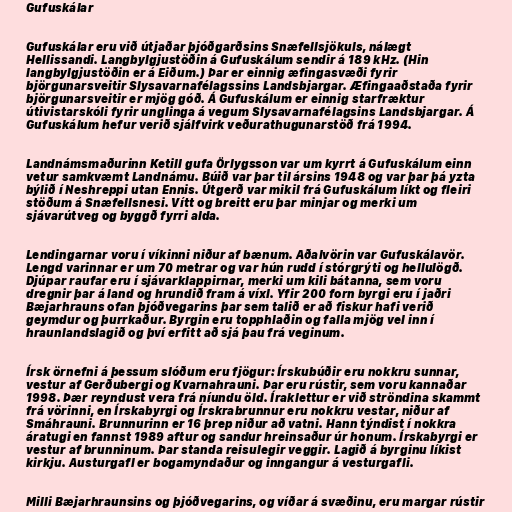
Gufuskálar

Gufuskálar eru við útjaðar þjóðgarðsins Snæfellsjökuls, nálægt
Hellissandi. Langbylgjustöðin á Gufuskálum sendir á 189 kHz. (Hin
langbylgjustöðin er á Eiðum.) Þar er einnig æfingasvæði fyrir
björgunarsveitir Slysavarnafélagssins Landsbjargar. Æfingaaðstaða fyrir
björgunarsveitir er mjög góð. Á Gufuskálum er einnig starfræktur
útivistarskóli fyrir unglinga á vegum Slysavarnafélagsins Landsbjargar. Á
Gufuskálum hefur verið sjálfvirk veðurathugunarstöð frá 1994.

Landnámsmaðurinn Ketill gufa Örlygsson var um kyrrt á Gufuskálum einn
vetur samkvæmt Landnámu. Búið var þar til ársins 1948 og var þar þá yzta
býlið í Neshreppi utan Ennis. Útgerð var mikil frá Gufuskálum líkt og fleiri
stöðum á Snæfellsnesi. Vítt og breitt eru þar minjar og merki um
sjávarútveg og byggð fyrri alda.

Lendingarnar voru í víkinni niður af bænum. Aðalvörin var Gufuskálavör.
Lengd varinnar er um 70 metrar og var hún rudd í stórgrýti og hellulögð.
Djúpar raufar eru í sjávarklappirnar, merki um kili bátanna, sem voru
dregnir þar á land og hrundið fram á víxl. Yfir 200 forn byrgi eru í jaðri
Bæjarhrauns ofan þjóðvegarins þar sem talið er að fiskur hafi verið
geymdur og þurrkaður. Byrgin eru topphlaðin og falla mjög vel inn í
hraunlandslagið og því erfitt að sjá þau frá veginum.

Írsk örnefni á þessum slóðum eru fjögur: Írskubúðir eru nokkru sunnar,
vestur af Gerðubergi og Kvarnahrauni. Þar eru rústir, sem voru kannaðar
1998. Þær reyndust vera frá níundu öld. Íraklettur er við ströndina skammt
frá vörinni, en Írskabyrgi og Írskrabrunnur eru nokkru vestar, niður af
Smáhrauni. Brunnurinn er 16 þrep niður að vatni. Hann týndist í nokkra
áratugi en fannst 1989 aftur og sandur hreinsaður úr honum. Írskabyrgi er
vestur af brunninum. Þar standa reisulegir veggir. Lagið á byrginu líkist
kirkju. Austurgafl er bogamyndaður og inngangur á vesturgafli.

Milli Bæjarhraunsins og þjóðvegarins, og víðar á svæðinu, eru margar rústir